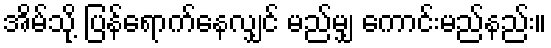
အိမ်သို့ ပြန်ရောက်နေလျှင် မည်မျှ ကောင်းမည်နည်း။